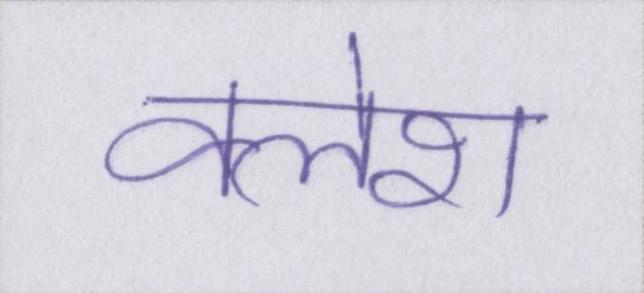
क्लेश